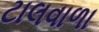
ટાલવાળા